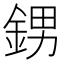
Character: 𨦻